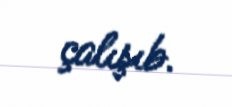
çalışıb.